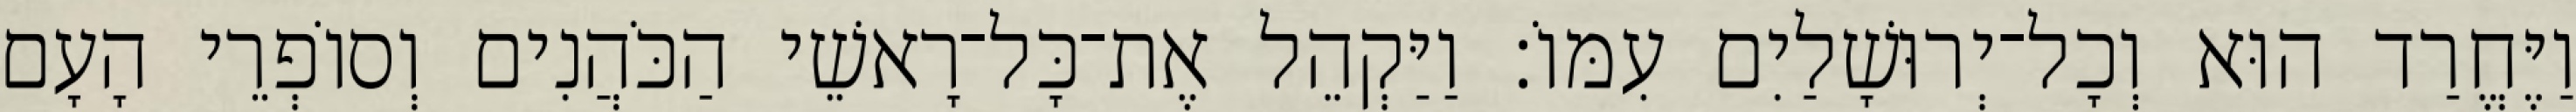
וַיֶּחֱרַד הוּא וְכָל־יְרוּשָׁלַיִם עִמּוֹ׃ וַיַּקְהֵל אֶת־כָּל־רָאשֵׁי הַכֹּהֲנִים וְסוֹפְרֵי הָעָם